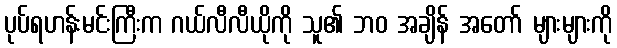
ပုပ်ရဟန်းမင်းကြီးက ဂယ်လီလီယိုကို သူ၏ ဘဝ အချိန် အတော် များများကို